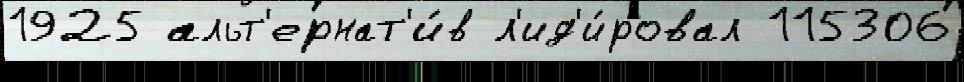
1925 альт'ернат'и́в л'ид'и́ровал 115306